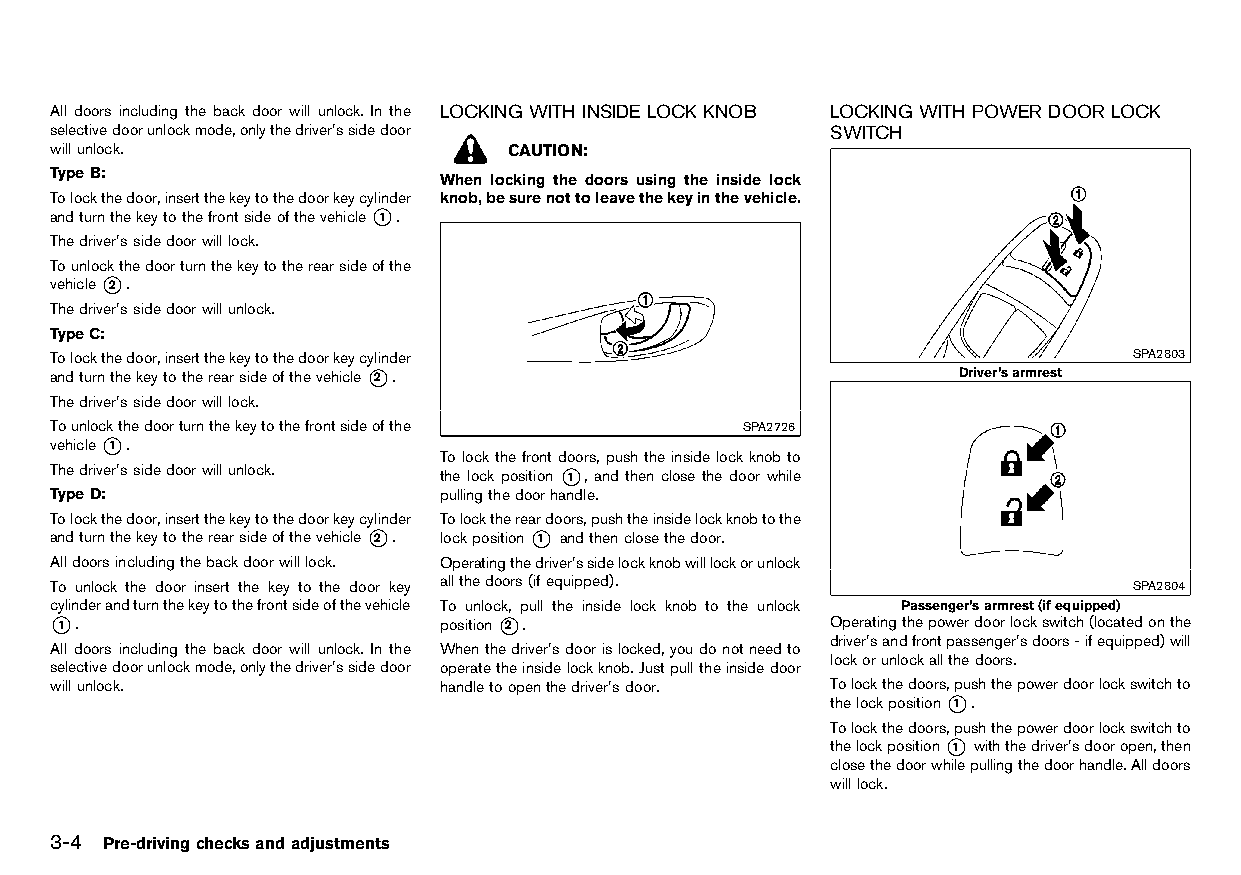
(112,1)
 All doors including the back door will unlock. In the LOCKINGWITHINSIDE LOCK KNOB LOCKINGWITHPOWER DOORLOCK
 selectivedoorunlockmode,onlythedriver’ssidedoor HT32A1-712E1A97-389A-4D4F-80B6-60267CD77405 SWITCH
 willunlock.                   CAUTION:                    HT32A1-3B65C9EF-9366-4898-8216-0C38354CFC49
 TypeB:
 When locking the doors using the inside lock
 Tolockthedoor,insertthekeytothedoorkeycylinder knob,besurenottoleavethekeyinthevehicle.
 andturnthekeytothefrontsideofthevehicle*1 .
 Thedriver’ssidedoorwilllock.
 Tounlockthedoorturnthekeytotherearsideofthe
 vehicle*2 .
 Thedriver’ssidedoorwillunlock.
 TypeC:
 Tolockthedoor,insertthekeytothedoorkeycylinder                          SPA2803
 andturnthekeytotherearsideofthevehicle*2 .                  Driver’sarmrest
 Thedriver’ssidedoorwilllock.
 Tounlockthedoorturnthekeytothefrontsideofthe  SPA2726
 vehicle*1 .
 Tolockthefrontdoors,pushtheinsidelockknobto
 Thedriver’ssidedoorwillunlock. the lock position *1 , and then close the door while
 TypeD:                    pullingthedoorhandle.
 Tolockthedoor,insertthekeytothedoorkeycylinder Tolockthereardoors,pushtheinsidelockknobtothe
 andturnthekeytotherearsideofthevehicle*2 . lockposition*1 andthenclosethedoor.
 Alldoorsincludingthebackdoorwilllock. Operatingthedriver’ssidelockknobwilllockorunlock
 To unlock the door insert the key to the door key allthedoors(ifequipped). SPA2804
 cylinderandturnthekeytothefrontsideofthevehicle To unlock, pull the inside lock knob to the unlock Passenger’sarmrest(ifequipped)
 *1 .                      position*2 .              Operatingthepowerdoorlockswitch(locatedonthe
 driver’sandfrontpassenger’sdoors-ifequipped)will
 All doors including the back door will unlock. In the Whenthedriver’sdoorislocked,youdonotneedto
 lockorunlockallthedoors.
 selectivedoorunlockmode,onlythedriver’ssidedoor operatetheinsidelockknob.Justpulltheinsidedoor
 willunlock.               handletoopenthedriver’sdoor. Tolockthedoors,pushthepowerdoorlockswitchto
 thelockposition*1 .
 Tolockthedoors,pushthepowerdoorlockswitchto
 thelockposition*1 withthedriver’sdooropen,then
 closethedoorwhilepullingthedoorhandle.Alldoors
 willlock.
 3-4 Pre-drivingchecksandadjustments
 Condition:                        [Edit:2015/8/24 Model: HT32-A]